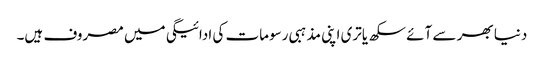
دنیا بھر سے آئے سکھ یاتری اپنی مذہبی رسومات کی ادائیگی میں مصروف ہیں۔